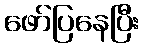
ဖော်ပြနေပြီး